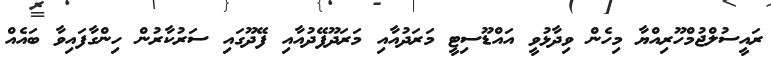
ރައީސުލްޖުމްހޫރިއްޔާ މިހެން ވިދާޅުވީ އައްޑޫސިޓީ މަރަދުއާއި މަރަދޫފޭދުއާއި ފޭދޫގައި ސަރުކާރުން ހިންގާފައިވާ ބައެއް